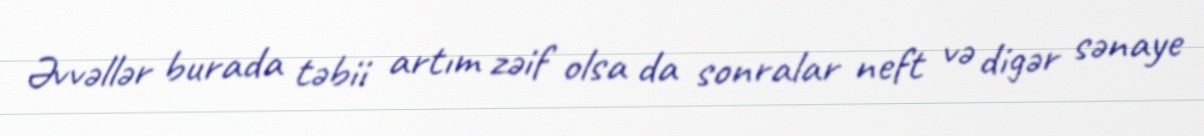
Əvvəllər burada təbii artım zəif olsa da sonralar neft və digər sənaye